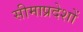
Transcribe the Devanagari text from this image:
सीमाप्रदेशों